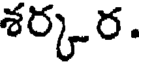
శర్కర.